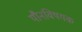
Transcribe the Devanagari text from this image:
यौनविषयक